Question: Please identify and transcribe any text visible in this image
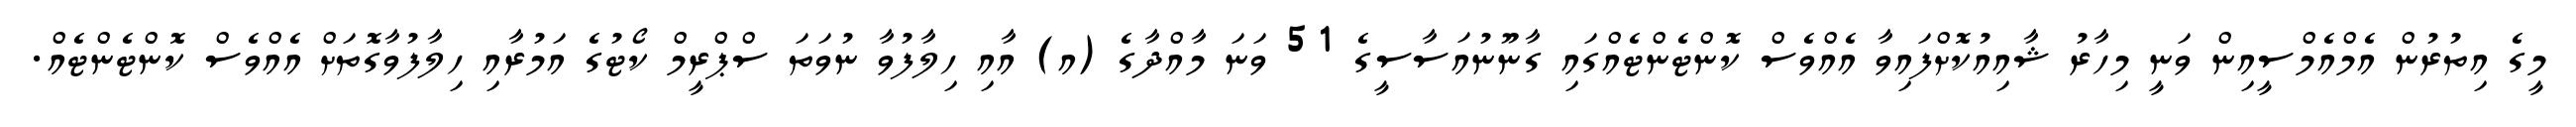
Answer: މީގެ އިތުރުން އެމްއެމްސީއިން ވަނީ މިހާރު ޝާއިއުކޮށްފައިވާ އެއްވެސް ކޮންޓެންޓެއްގައި ގާނޫނުއަސާސީގެ 51 ވަނަ މާއްދާގެ (އ) އާއި ހިލާފުވާ ނުވަތަ ސްޕްރީމް ކޯޓުގެ އަމުރާއި ހިލާފުވާގޮތަށް އެއްވެސް ކޮންޓެންޓެއް.